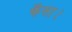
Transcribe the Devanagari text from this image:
फँसा।